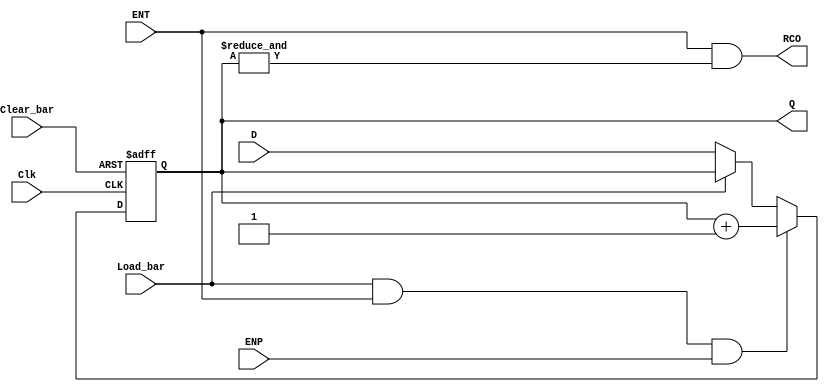
// 4-bit modulo 16 binary counter with parallel load, 
//Asynchronous Master Reset (MRn) ->161A
//Synchronous Reset (SRn) -> LS161
//<START_TEMPLATE>
//ttl_74161a #(.DELAY_RISE(20), .DELAY_FALL(25)) <NAME> (.Clear_bar(), .Load_bar(), .ENT(), .ENP(), .D(), .Clk(), .RCO(), .Q());
//<END_TEMPLATE>
//
//tP_clk2tc = 19ns min, 25ns max
//tP_clk2q =  15ns min, 25ns max
//20,25
`default_nettype none
`timescale 1ns/1ns

module ttl_74161a #(parameter WIDTH = 4, DELAY_RISE = 0, DELAY_FALL = 0)
(
  input wire Clear_bar, //1
  input wire Load_bar, //9
  input wire ENT, //7
  input wire ENP, //10
  input wire [WIDTH-1:0] D, //D 6, C 5, B 4, A 3
  input wire Clk, //2
  output wire RCO, //15
  output wire [WIDTH-1:0] Q //QD 11, QC 12, QB 13, QA 14
);

//------------------------------------------------//
wire RCO_current;
reg [WIDTH-1:0] Q_current;
wire [WIDTH-1:0] Q_next;

initial Q_current = 4'h0;
//initial RCO_current = 1'b0;

assign Q_next = Q_current + 1;

always @(posedge Clk or negedge Clear_bar)
begin
  if (!Clear_bar)
  begin
    Q_current <= {WIDTH{1'b0}};
  end
  else
  begin
    if (!Load_bar)
    begin
      Q_current <= D;
    end

    if (Load_bar && ENT && ENP)
    begin
      Q_current <= Q_next;
    end
  end
end

// output
assign RCO_current = ENT && (&Q_current);

//------------------------------------------------//

assign #(DELAY_RISE, DELAY_FALL) RCO = RCO_current;
assign #(DELAY_RISE, DELAY_FALL) Q = Q_current;

endmodule